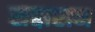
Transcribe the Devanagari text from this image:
सद्दाराम